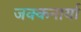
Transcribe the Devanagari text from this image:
जक्कनार्या